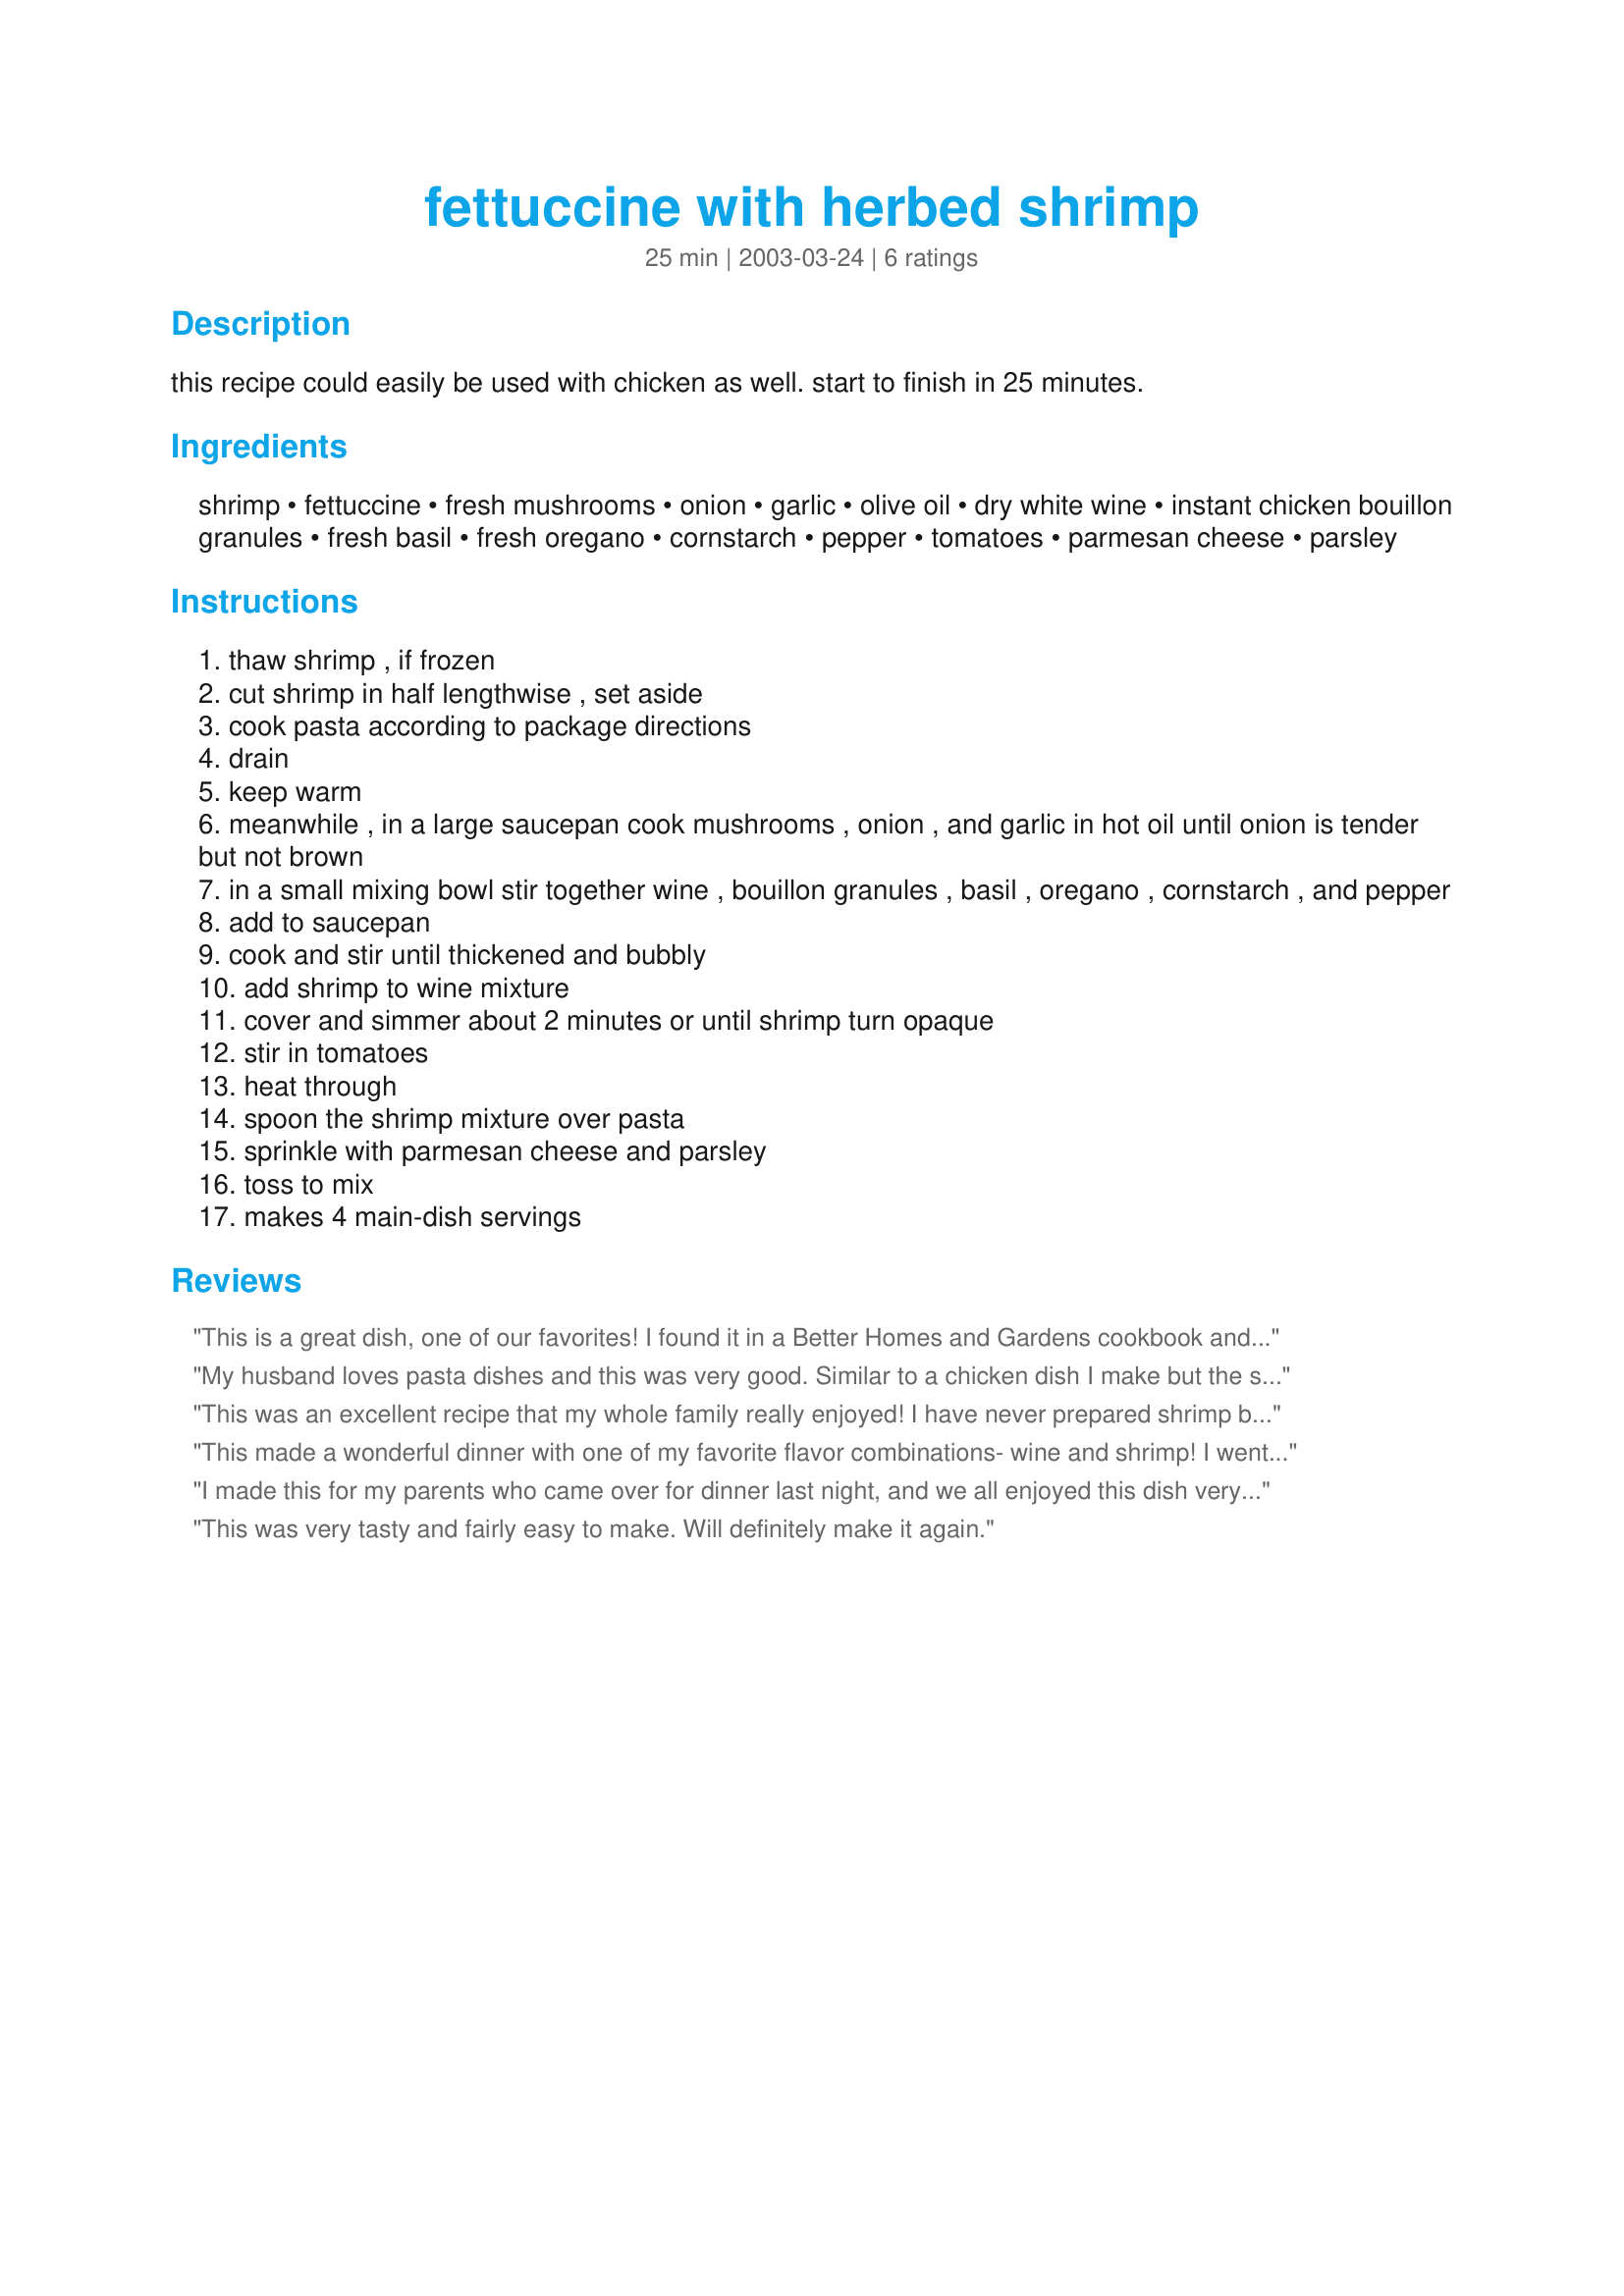
fettuccine with herbed shrimp
Preparation time: 25 minutes

this recipe could easily be used with chicken as well. start to finish in 25 minutes.

Ingredients:
shrimp, fettuccine, fresh mushrooms, onion, garlic, olive oil, dry white wine, instant chicken bouillon granules, fresh basil, fresh oregano, cornstarch, pepper, tomatoes, parmesan cheese, parsley

Steps:
thaw shrimp , if frozen
cut shrimp in half lengthwise , set aside
cook pasta according to package directions
drain
keep warm
meanwhile , in a large saucepan cook mushrooms , onion , and garlic in hot oil until onion is tender but not brown
in a small mixing bowl stir together wine , bouillon granules , basil , oregano , cornstarch , and pepper
add to saucepan
cook and stir until thickened and bubbly
add shrimp to wine mixture
cover and simmer about 2 minutes or until shrimp turn opaque
stir in tomatoes
heat through
spoon the shrimp mixture over pasta
sprinkle with parmesan cheese and parsley
toss to mix
makes 4 main-dish servings

Reviews:
This is a great dish, one of our favorites! I found it in a Better Homes and Gardens cookbook and was going to post it, but now I don't need to! :) Thanks!
My husband loves pasta dishes and this was very good. Similar to a chicken dish I make but the shrimp made for a nice change. We will make this one again. The only changes I think I'll make will be to use a little more of the herbs/spices.
This was an excellent recipe that my whole family really enjoyed! I have never prepared shrimp by slicing them down the length before, but I must say that this is a great suggestion! I will definately be making this again!
This made a wonderful dinner with one of my favorite flavor combinations- wine and shrimp! I went heavy on the herbs, but didn't have any parsley. I have to admit I was a little heavy on the wine too :) Thanks Bev.
I made this for my parents who came over for dinner last night, and we all enjoyed this dish very much! I did take the suggestion from DDW, and added more herbs/spices like garlic salt and paprika.
This was very tasty and fairly easy to make. Will definitely make it again.
